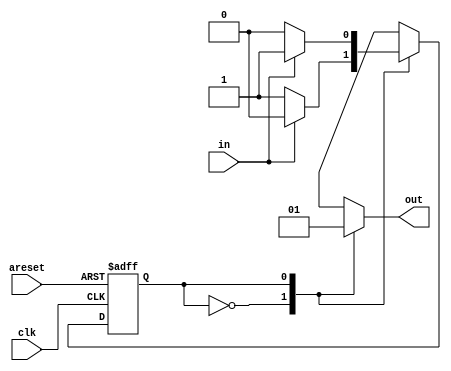
module top_module(
    input clk,
    input areset,    // Asynchronous reset to state B
    input in,
    output out);//  

    parameter A=1'b0, B=1'b1; 
    reg state, next_state;

    always @(*)   // This is a combinational always block
        // State transition logic
		begin : FSM_COMBO
        	next_state = 1'b0;
            case(state)
                A : /*if (in == 1'b0)
                    	next_state = B;
                	else
                        next_state = A;*/
                	next_state = in?A:B;
                B : /*if (in == 1'b0)
                    	next_state = A;
                	else
                        next_state = B;*/
                    next_state = in?B:A;
                default : next_state = B;     
            endcase
		    
    end

    always @(posedge clk, posedge areset) begin    // This is a sequential always block
        // State flip-flops with asynchronous reset
         begin : FSM_SEQ
             if (areset == 1'b1) begin
      			state <=  B;
    		end else begin
      			state <=  next_state;
    			end
    	 end
    end

    // Output logic
    always @(*) begin
        case(state)
            A: out = 1'b0; //  output for state A
            B: out = 1'b1;   // output for state B
        endcase
    end       

endmodule